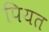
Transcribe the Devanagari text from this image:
पियत